Madras plague regulations in force outside the Presidency town - Volume 6
Disease focus: Plague
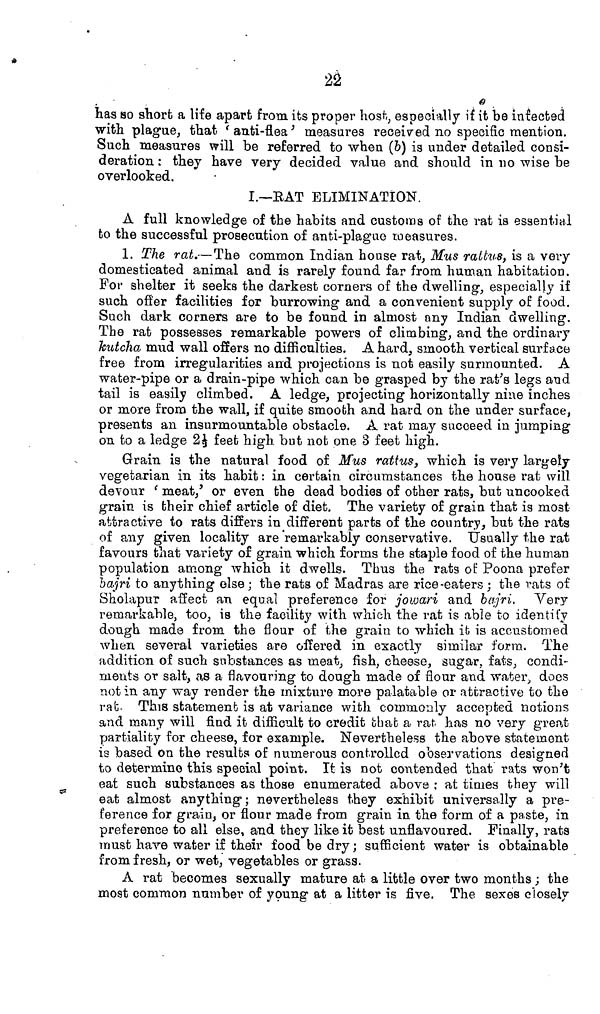
22
has so short a life apart from its proper host, especially if it be infected
with plague, that 'anti-flea' measures received no specific mention.
Such measures will be referred to when (b) is under detailed consi-
deration : they have very decided value and should in no wise be
overlooked.
I.—EAT ELIMINATION.
A full knowledge of the habits and customs of the rat is essential
to the successful prosecution of anti-plague measures.
1. The rat.— The common Indian house rat, Mus rattus, is a very
domesticated animal and is rarely found far from human habitation.
For shelter it seeks the darkest corners of the dwelling, especially if
such offer facilities for burrowing and a convenient supply of food.
Such dark corners are to be found in almost any Indian dwelling.
The rat possesses remarkable powers of climbing, and the ordinary
kutcha mud wall offers no difficulties. A hard, smooth vertical surface
free from irregularities and projections is not easily surmounted. A
water-pipe or a drain-pipe which can be grasped by the rat's legs and
tail is easily climbed. A ledge, projecting horizontally nine inches
or more from the wall, if quite smooth and hard on the under surface,
presents an insurmountable obstacle. A rat may succeed in jumping
on to a ledge 2½ feet high but not one 3 feet high.
Grain is the natural food of Mus rattus, which is very largely
vegetarian in its habit : in certain circumstances the house rat will
devour 'meat' or even the dead bodies of other rats, but uncooked
grain is their chief article of diet. The variety of grain that is most
attractive to rats differs in different parts of the country, but the rats
of any given locality are remarkably conservative. Usually the rat
favours that variety of grain which forms the staple food of the human
population among which it dwells. Thus the rats of Poona prefer
bajri to anything else ; the rats of Madras are rice-eaters; the rats of
Sholapur affect an equal preference for jowari and bajri. Very
remarkable, too, is the facility with which the rat is able to identify
dough made from the flour of the grain to which it is accustomed
when several varieties are offered in exactly similar forra. The
addition of such substances as meat, fish, cheese, sugar, fats, condi-
ments or salt, as a flavouring to dough made of flour and water, does
not in any way render the mixture more palatable or attractive to the
rat. This statement is at variance with commonly accepted notions
and many will find it difficult to credit that a rat has no very great
partiality for cheese, for example. Nevertheless the above statement
is based on the results of numerous controlled observations designed
to determino this special point. It is not contended that rats won't
eat such substances as those enumerated above; at times they will
eat almost anything; nevertheless they exhibit universally a pre-
ference for grain, or flour made from grain in the form of a paste, in
preference to all else, and they like it best unflavoured. Finally, rats
must have water if their food be dry ; sufficient water is obtainable
from fresh, or wet, vegetables or grass.
A rat becomes sexually mature at a little over two months ; the
most common number of young at a litter is five. The sexes closely